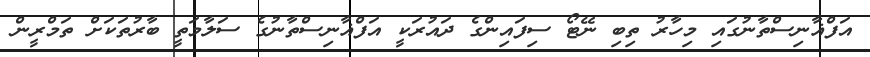
އަފްޣާނިސްތާނުގައި މިހާރު ތިބި ނޭޓޯ ސިފައިންގެ ދައުރަކީ އަފްޣާނިސްތާނުގެ ސަލާމަތީ ބާރުތަކަށް ތަމްރީން